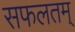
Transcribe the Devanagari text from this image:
सफलतम्